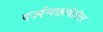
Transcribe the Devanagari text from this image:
पर्ज्यन्यछायेतील